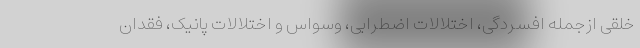
خلقی ازجمله افسردگی، اختلالات اضطرابی، وسواس و اختلالات پانیک، فقدان